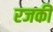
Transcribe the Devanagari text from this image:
रजकी